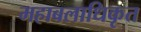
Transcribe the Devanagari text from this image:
महाबलाधिकृत